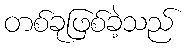
တစ်ခုဖြစ်ခဲ့သည်